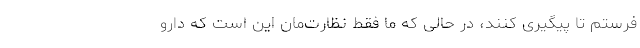
‌فرستم تا پیگیری کنند، در حالی که ما فقط نظارت‌مان این است که دارو